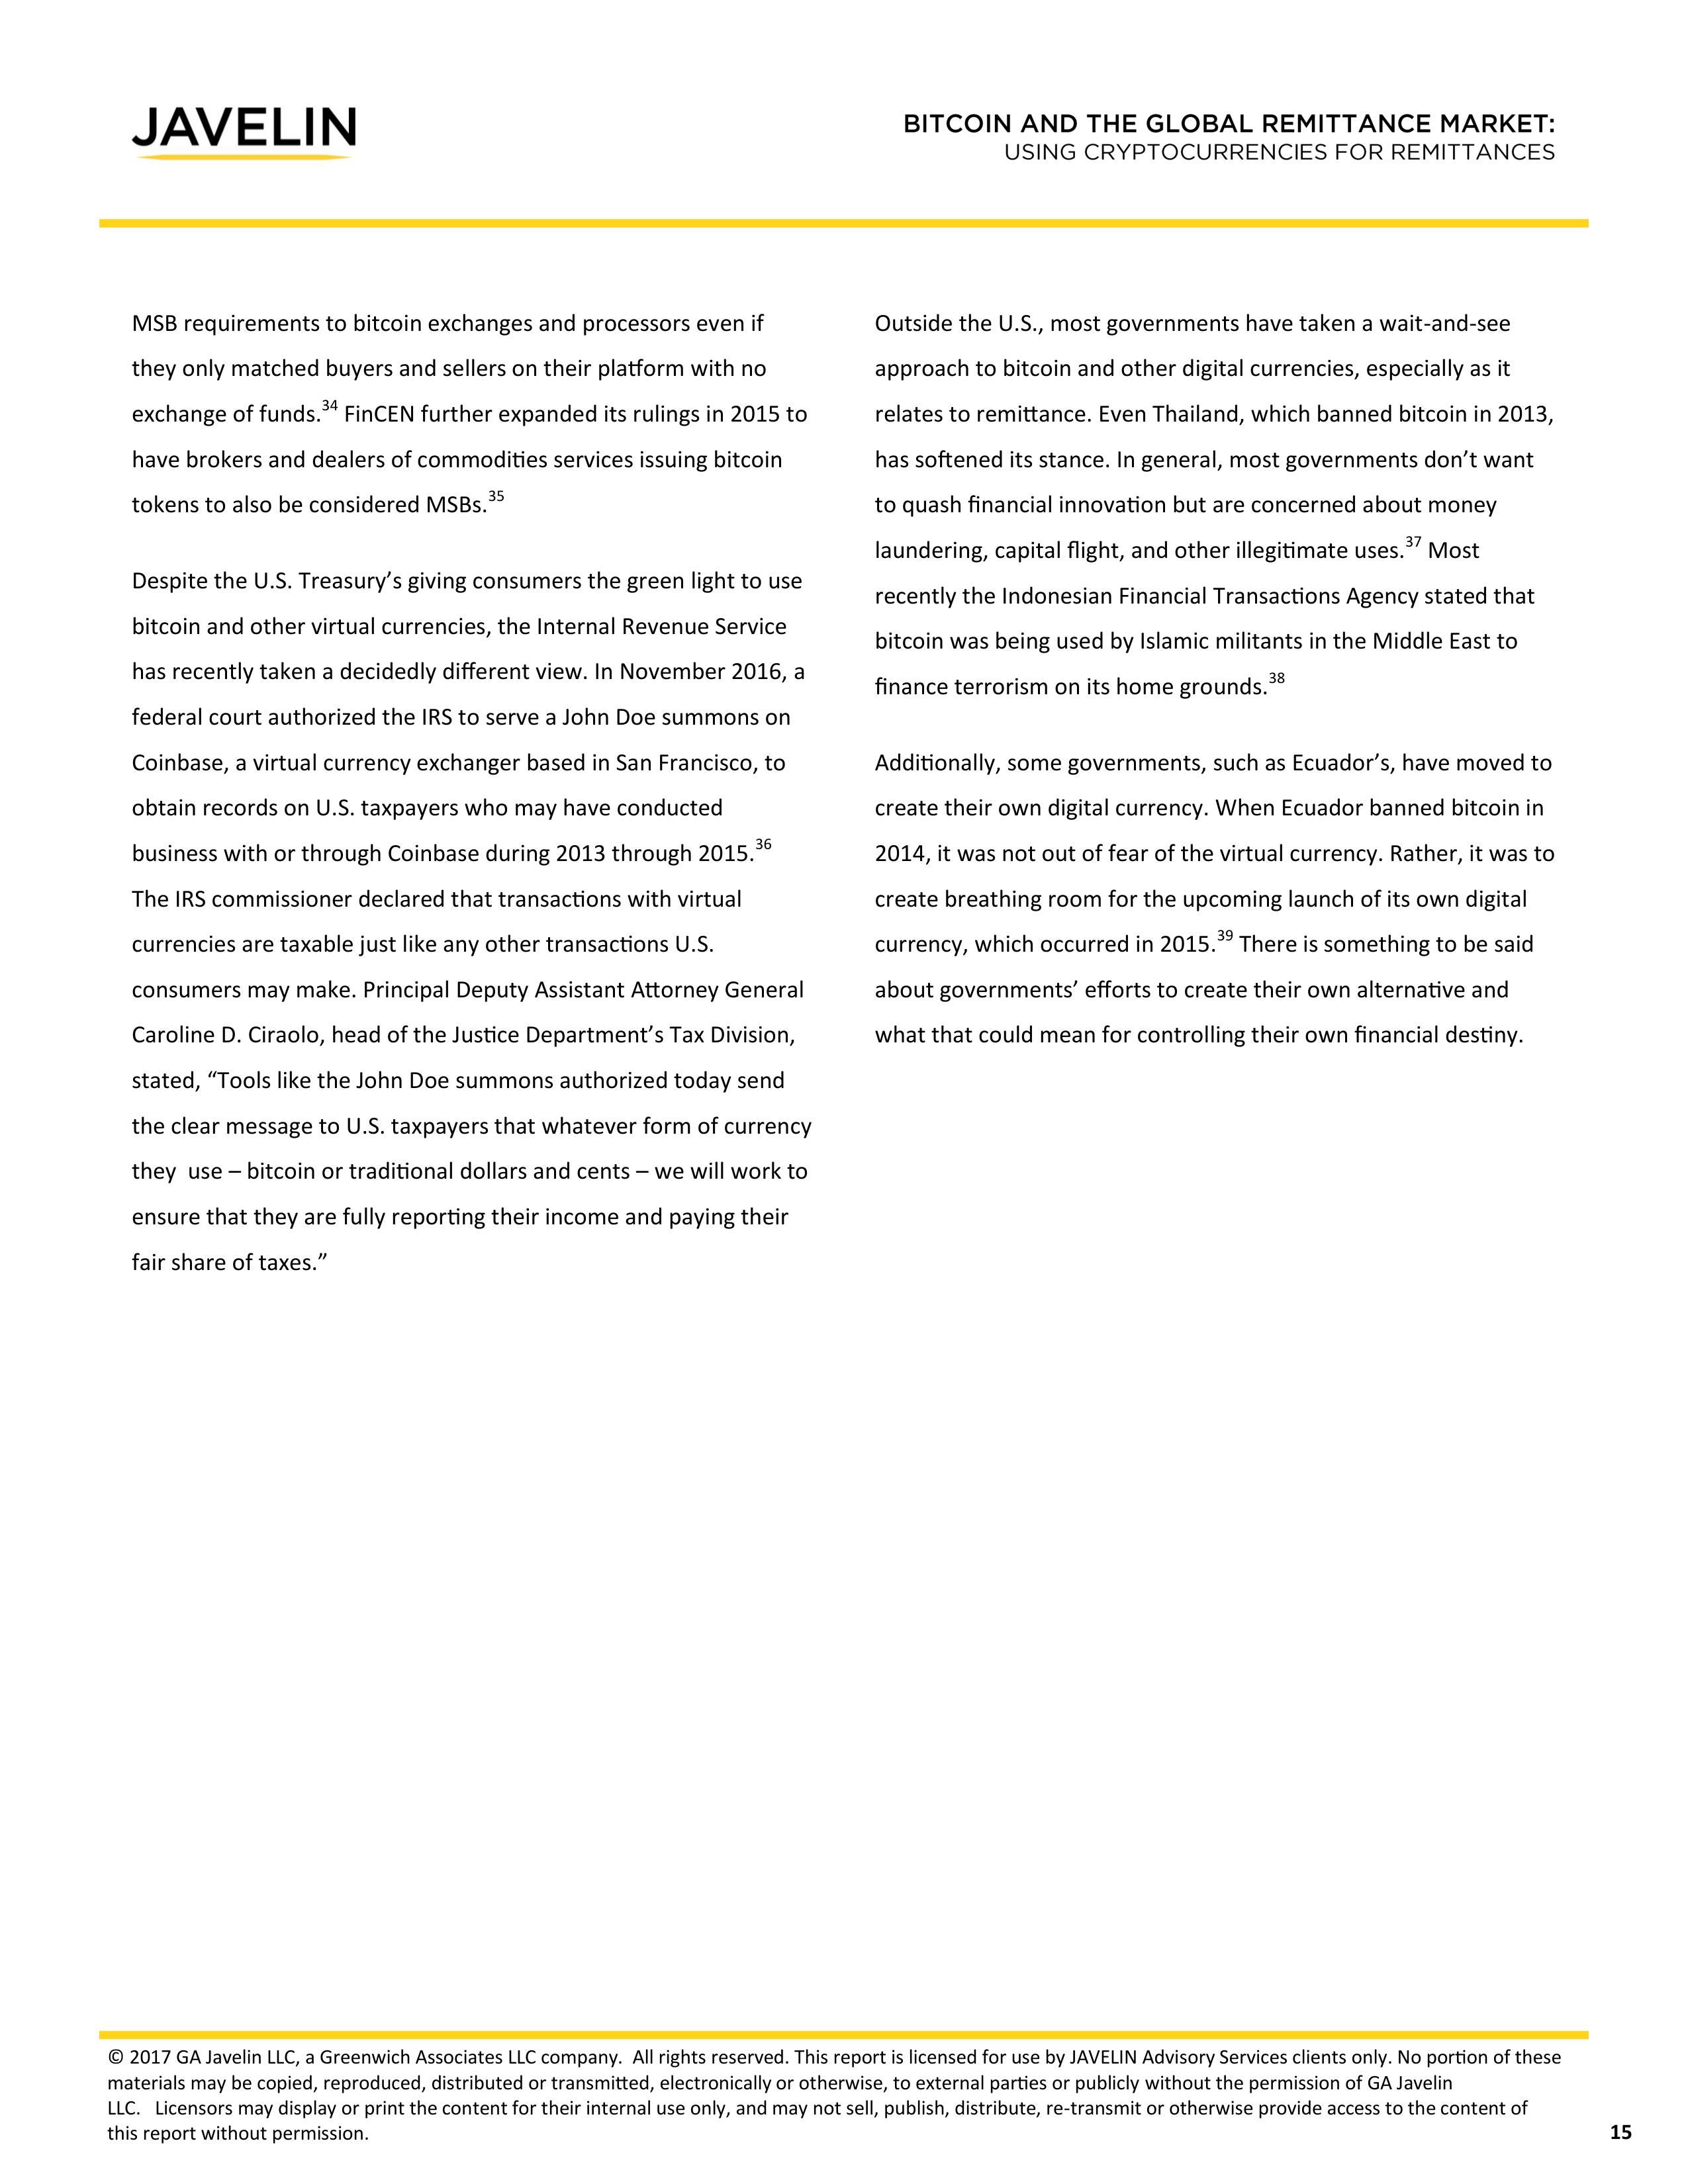
JAVELIN

BITCOIN AND THE GLOBAL REMITTANCE MARKET:
USING CRYPTOCURRENCIES FOR REMITTANCES

MSB requirements to bitcoin exchanges and processors even if
they only matched buyers and sellers on their platform with no
exchange of funds.34 FinCEN further expanded its rulings in 2015 to
have brokers and dealers of commodities services issuing bitcoin
tokens to also be considered MSBs.35

Despite the U.S. Treasury’s giving consumers the green light to use
bitcoin and other virtual currencies, the Internal Revenue Service
has recently taken a decidedly different view. In November 2016, a
federal court authorized the IRS to serve a John Doe summons on
Coinbase, a virtual currency exchanger based in San Francisco, to
obtain records on U.S. taxpayers who may have conducted
business with or through Coinbase during 2013 through 2015.36
The IRS commissioner declared that transactions with virtual
currencies are taxable just like any other transactions U.S.
consumers may make. Principal Deputy Assistant Attorney General
Caroline D. Ciraolo, head of the Justice Department’s Tax Division,
stated, “Tools like the John Doe summons authorized today send
the clear message to U.S. taxpayers that whatever form of currency
they use – bitcoin or traditional dollars and cents – we will work to
ensure that they are fully reporting their income and
paying their
fair share of taxes.”

Outside the U.S., most governments have taken a wait-and-see
approach to bitcoin and other digital currencies, especially as it
relates to remittance. Even Thailand, which banned bitcoin in 2013,
has softened its stance. In general, most governments don’t want
to quash financial innovation but are concerned about money
laundering, capital flight, and other illegitimate uses.37 Most
recently the Indonesian Financial Transactions Agency stated that
bitcoin was being used by Islamic militants in the Middle East to
finance terrorism on its home grounds.38

Additionally, some governments, such as Ecuador’s, have moved to
create their own digital currency. When Ecuador banned bitcoin in
2014, it was not out of fear of the virtual currency. Rather, it was to
create breathing room for the upcoming launch of its own digital
currency, which occurred in 2015.39 There is something to be said
about governments’ efforts to create their own alternative and
what that could mean for controlling their own financial destiny.

© 2017 GA Javelin LLC, a Greenwich Associates LLC company. All rights reserved. This report is licensed for use by JAVELIN Advisory Services clients only. No portion of these
materials may be copied, reproduced, distributed or transmitted, electronically or otherwise, to external parties or publicly without the permission of GA Javelin
LLC. Licensors may display or print the content for their internal use only, and may not sell, publish, distribute, re-transmit or otherwise provide access to the content of
this report without permission.

15